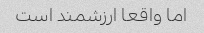
اما واقعا ارزشمند است